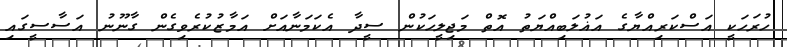
ހުރަހަކީ އަސްކަރިއްޔާގެ އަޣުލަބިއްޔަތު އޮތް މަޖިލީހަކުން ސީދާ އެކަމަނާއަށް އަމާޒުކުރެވިގެން ގާނޫނު އަސާސީގައި